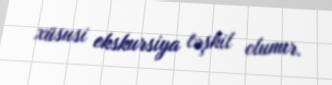
xüsusi ekskursiya təşkil olunur.